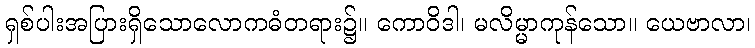
ရှစ်ပါးအပြားရှိသောလောကဓံတရား၌။ ကောဝိဒါ၊ မလိမ္မာကုန်သော။ ယေဗာလာ၊